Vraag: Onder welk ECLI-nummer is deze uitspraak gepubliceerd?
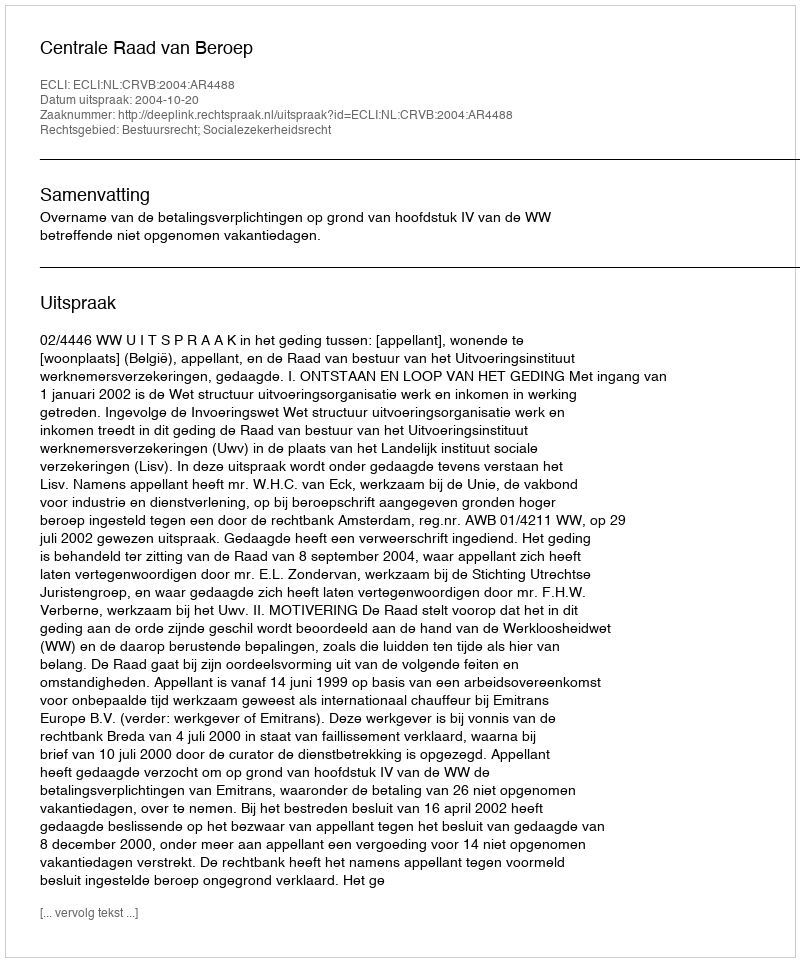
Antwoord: ECLI:NL:CRVB:2004:AR4488